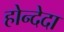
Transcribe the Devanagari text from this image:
होन्देदा